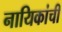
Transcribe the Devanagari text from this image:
नायिकांची